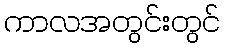
ကာလအတွင်းတွင်